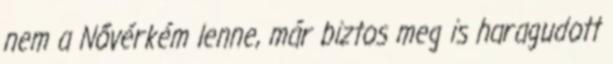
nem a Nővérkém lenne, már biztos meg is haragudott